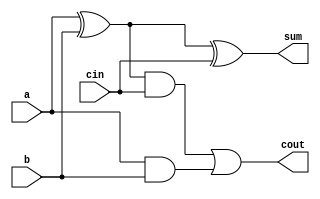
module one_bit_adder(sum, cout, a, b, cin) ; 
     
    output sum, cout; 
    input a, b, cin; 
    wire s1, c1, c2; 

    xor (s1, a, b); 
    and (c1, a, b); 
    xor (sum, s1, cin); 
    and (c2, s1, cin); 
    or (cout, c2, c1);
endmodule